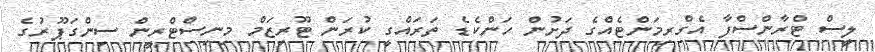
ލީސް ޓްރާންސްފާ އެގްރިމަންޓެއްގެ ދަށުން ހަންކެޑެ ތަރައްގީ ކުރަން ޓޫރިޒަމް މިނިސްޓްރީން ސިންގަޕޫރުގެ